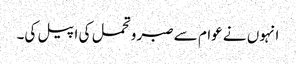
انہوں نے عوام سے صبر وتحمل کی اپیل کی۔